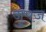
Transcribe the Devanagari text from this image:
जुपज